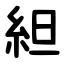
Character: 䋎